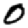
Digit: 0